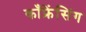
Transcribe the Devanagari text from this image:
काँफ्रेंसिंग